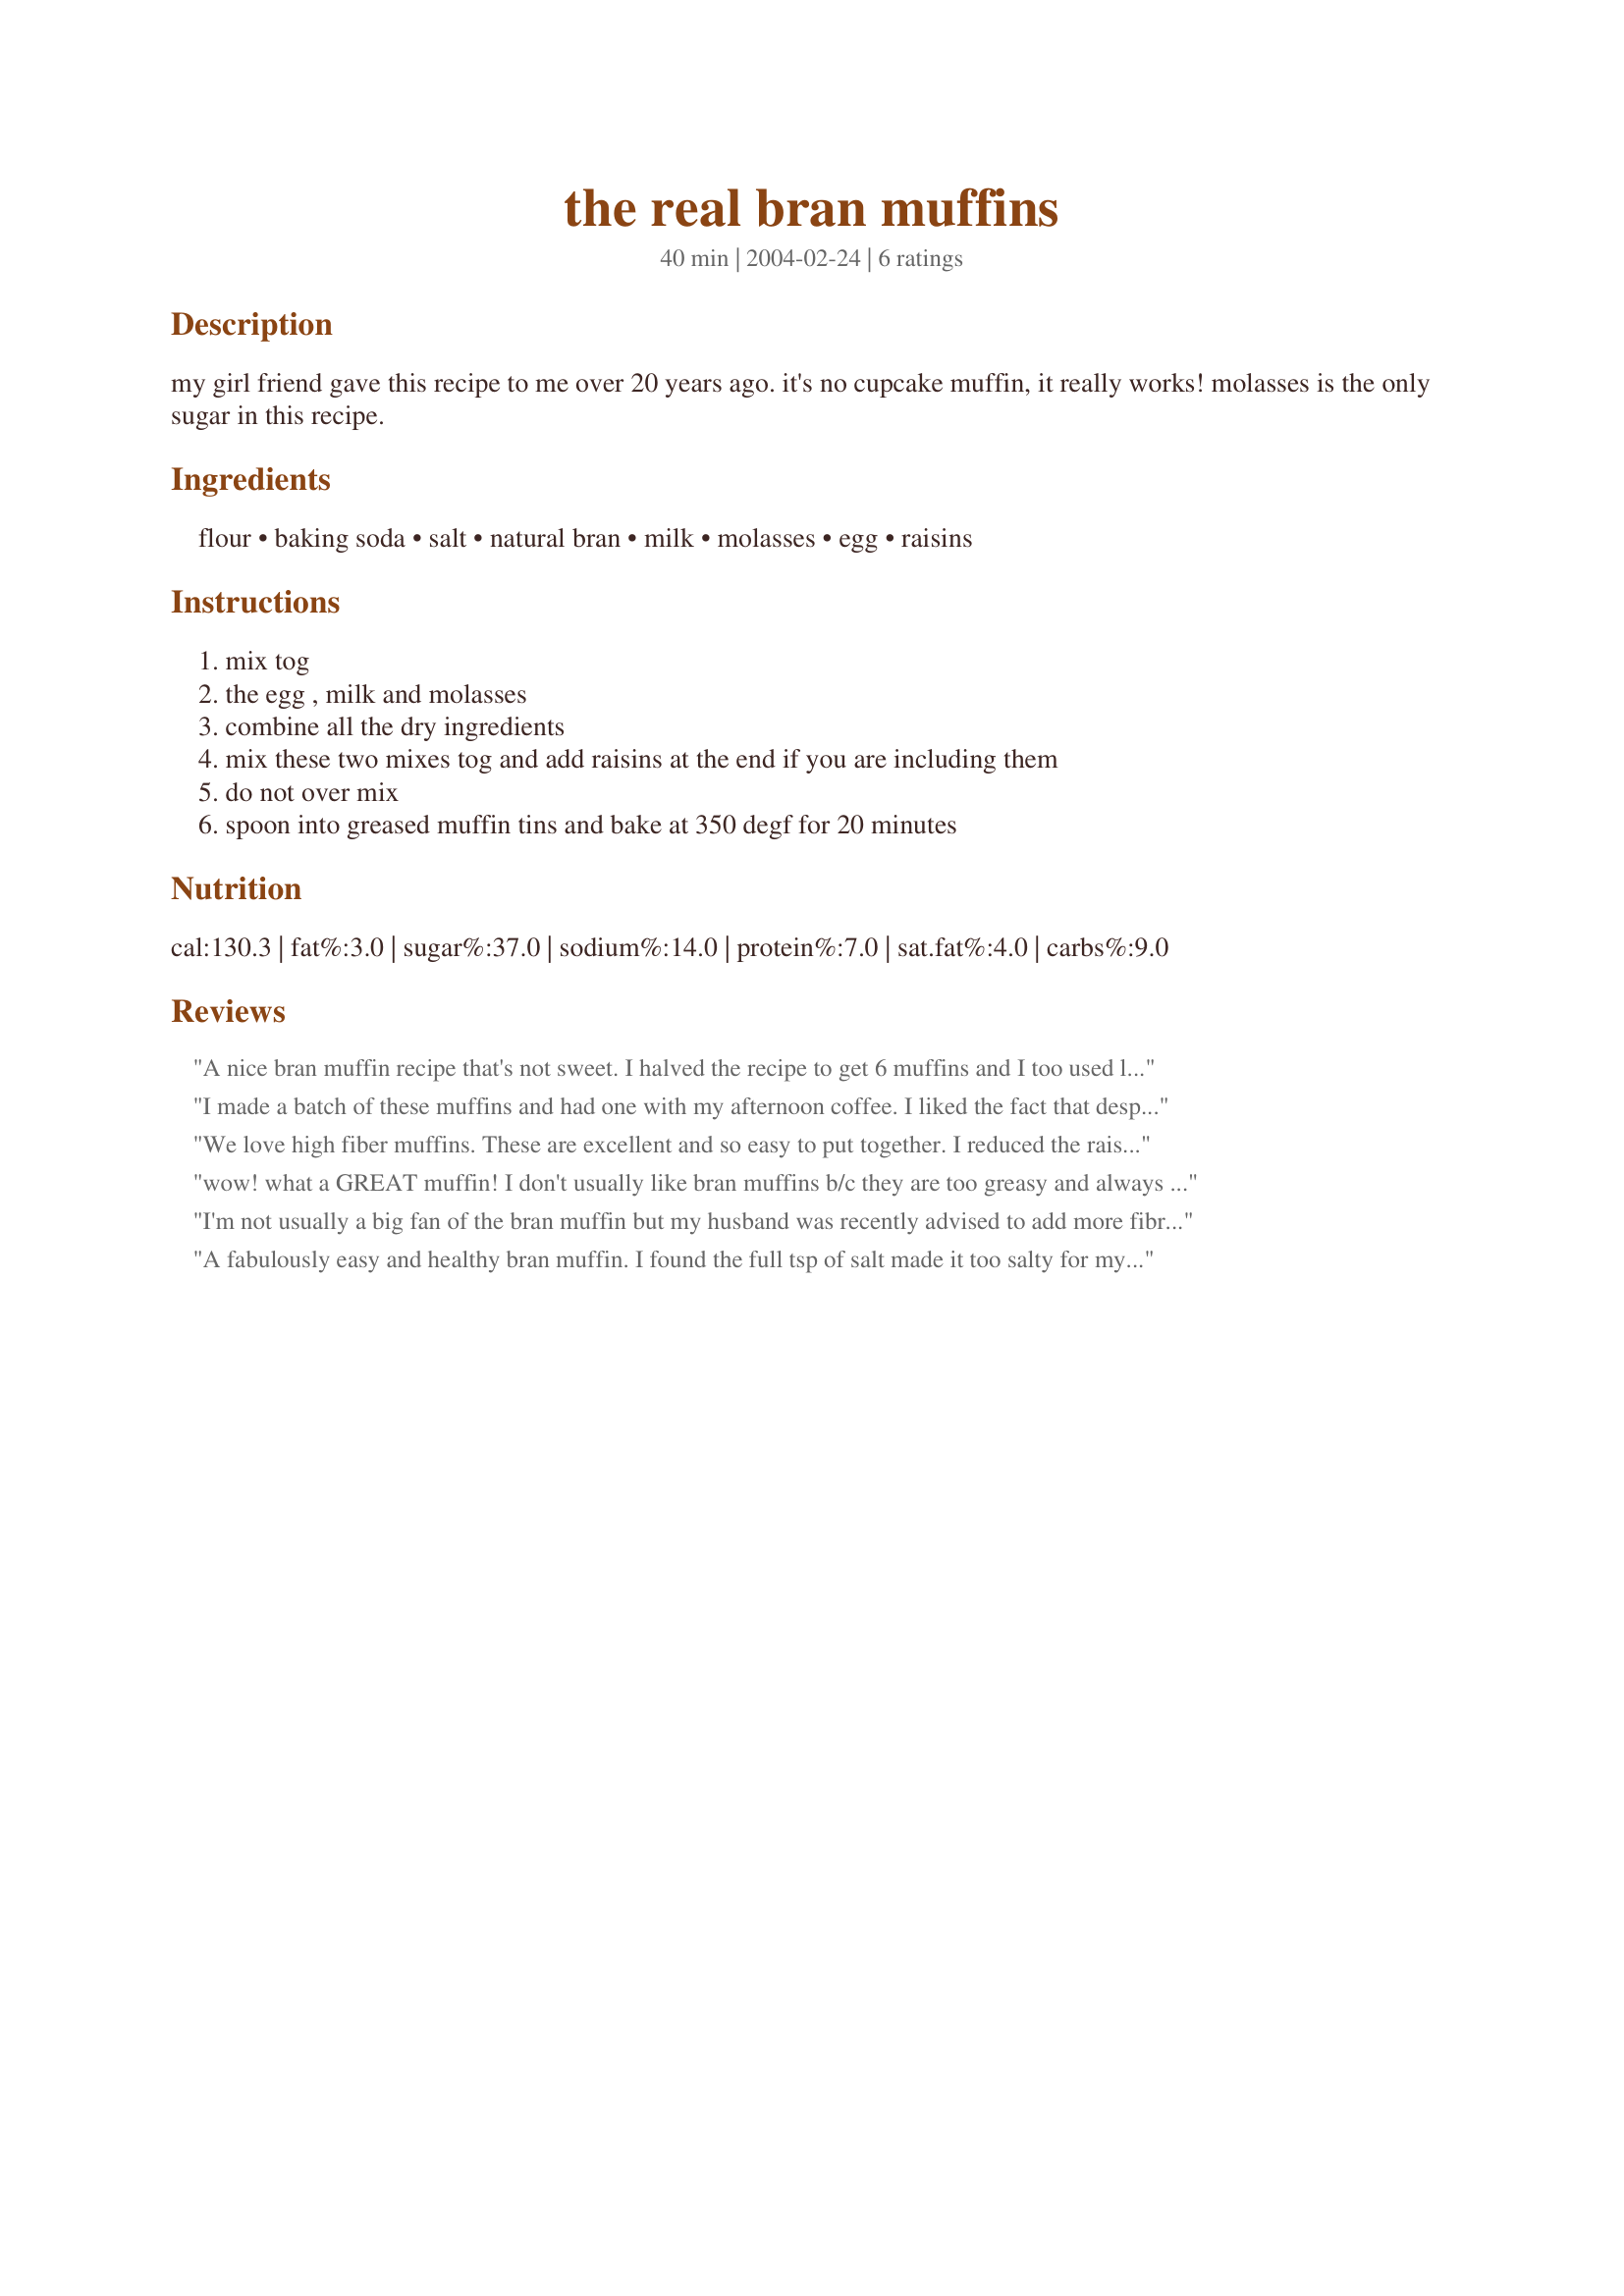
the real bran muffins
Preparation time: 40 minutes

my girl friend gave this recipe to me over 20 years ago. it's no cupcake muffin, it really works! molasses is the only sugar in this recipe.

Ingredients:
flour, baking soda, salt, natural bran, milk, molasses, egg, raisins

Steps:
mix tog, the egg , milk and molasses, combine all the dry ingredients, mix these two mixes tog and add raisins at the end if you are including them, do not over mix, spoon into greased muffin tins and bake at 350 degf for 20 minutes

Reviews:
A nice bran muffin recipe that's not sweet. I halved the recipe to get 6 muffins and I too used less salt and omitted the raisins to save calories. They come to 2 WW points each. Thanks!
I made a batch of these muffins and had one with my afternoon coffee. I liked the fact that despite the lack of oil, it did not have a rubbery texture. I used about half a cup of raisins and these made a batch of 12 perfectly sized muffins. Next time I will try to replace some of the flour with whole wheat flour. Update- I had one after they had sat out for a while and the molasses taste was way too strong for our liking. I used dark molasses, maybe the lighter variety would give it a better flavour. I don't mind it too much but my husband who normally eats everything stopped eating his muffin after about two bites. Sorry for the bad review. If you like the taste of molasses, then this recipe is for you. If you don't, then I would find one that sweetens with brown sugar or maybe replace half the molasses with brown sugar in this recipe.
We love high fiber muffins. These are excellent and so easy to put together. I reduced the raisins to 1/2 cup and plumped them by pouring about 1/2 cup boiling water over them in a bowl. I allowed them to sit while preparing the other ingredients and right before adding to the batter I drained them. I look forward to preparing more of your recipes.
wow! what a GREAT muffin! I don't usually like bran muffins b/c they are too greasy and always have raisins. I made these without raisins and with 1/2 wheat bran and 1/2 oat bran. I've already eaten 2! Next time I'll try cinnamon and nutmeg as suggested, and maybe 2 egg whites instead of 1 egg. I also think that perhaps adding a mashed banana and reducing the milk by 1/4c or 1/2c would be good too. the possibilities are endless! Thank you!!!
I'm not usually a big fan of the bran muffin but my husband was recently advised to add more fibre to his diet so I gave this a try. Having done so, I can honestly say they were delicious. I followed the recipe as is except I halved the amount of salt and used half sultanas and half currants. I also used treacle, which I'm told (correct me if I'm wrong) is what we Australians call molasses. 
I've found 2 types of treacle, a dark one, which is closer to the molasses I once found in a health food store and a lighter one which I think tastes like a stronger version of golden syrup. They were good the night I baked them but I found them even better the next day.
Thanks Sharon, these will make their way into my regular baking rotation
A fabulously easy and healthy bran muffin. I found the full tsp of salt made it too salty for my liking, and my next batch will reduce that amount to 1/4 tsp. I also plan to add cinnamon, nutmeg and clove, as I love a certain spiciness with my raisins. Thanks so much, this is a keeper!
